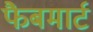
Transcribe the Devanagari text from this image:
फैबमार्ट